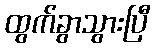
ထွက်ခွာသွားပြီ